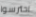
احترسوا